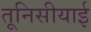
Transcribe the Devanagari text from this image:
तूनिसीयाई